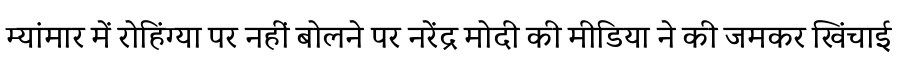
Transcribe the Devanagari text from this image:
म्यांमार में रोहिंग्या पर नहीं बोलने पर नरेंद्र मोदी की मीडिया ने की जमकर खिंचाई